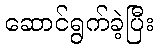
ဆောင်ရွက်ခဲ့ပြီး